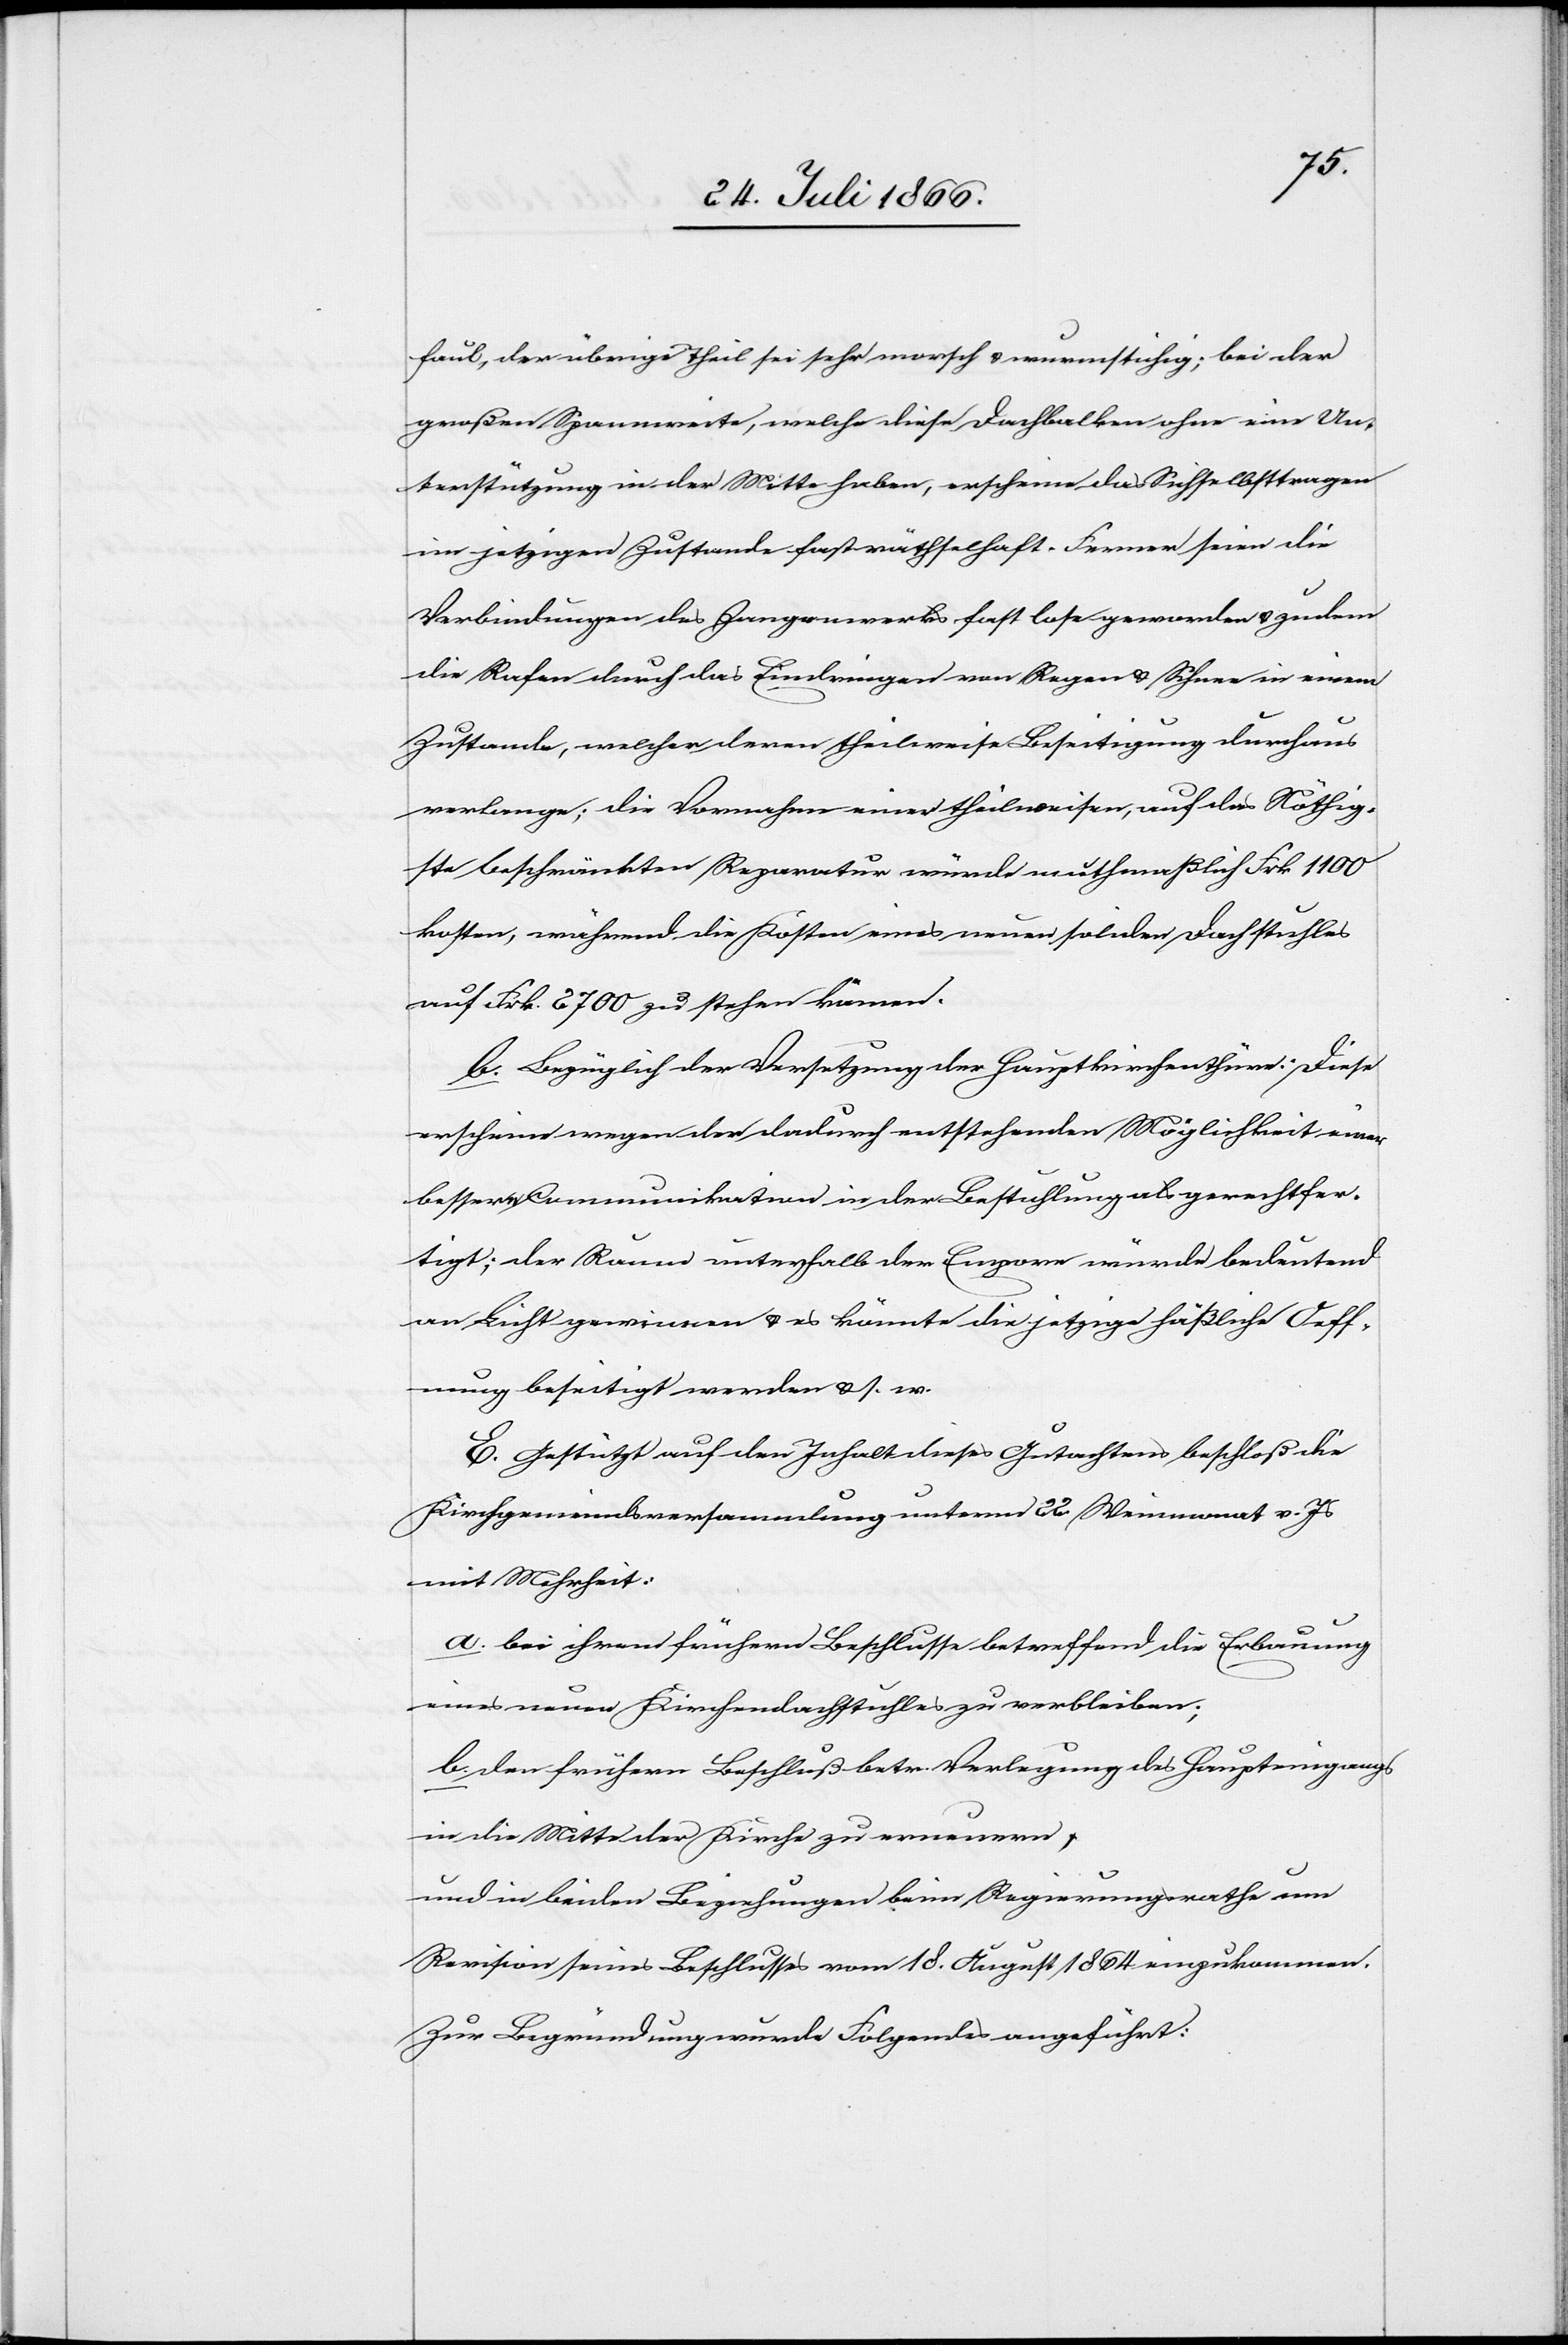
faul, der übrige Theil sei sehr morsch u. wurmstichig; bei der
großen Spannweite, welche diese Dachbalken ohne eine Un¬
terstützung in der Mitte haben, erscheine das Sichselbsttragen
in jetzigen Zustande fast räthselhaft. Ferner seien
Verbindungen des Zangenwerks fast lose geworden u. zudem
die Rafen durch das Eindringen von Regen u. Schnee in einem
Zustande, welcher deren theilweise Beseitigung durchaus
verlange; die Vornahme einer theilweisen, auf das Nöthig¬
ste beschränkten Reparatur würde muthmaßlich Frk. 1100
kosten, während die Kosten eines neuen soliden Dachstuhles
auf Frk. 2700 zu stehen kämen.
b. Bezüglich der Versetzung der Hauptkirchenthüre: Diese
erscheine wegen der dadurch entstehenden Möglichkeit einer
bessern Communikation in der Bestuhlung als gerechtfer¬
tigt; der Raum unterhalb der Empore würde bedeutend
an Licht gewinnen u. es könnte die jetzige häßliche Oeff¬
nung beseitigt werden u. s. w.
E. Gestützt auf den Inhalt dieses Gutachtens beschloß die
Kirchgemeindsversammlung unterm 22. Weinmonat v. Js.
mit Mehrheit:
a. bei ihrem frühern Beschlusse betreffend die Erbauung
eines neuen Kirchendachstuhles zu verbleiben;
b. den frühern Beschluß betr. Verlegung des Haupteingangs
in die Mitte der Kirche zu erneuern,
und in beiden Beziehungen beim Regierungsrathe um
Revision seines Beschlusses vom 18. August 1864 einzukommen.
Zur Begründung wurde Folgendes angeführt: